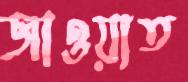
জাওয়াত